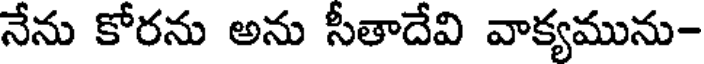
నేను కోరను అను సీతాదేవి వాక్యమును-